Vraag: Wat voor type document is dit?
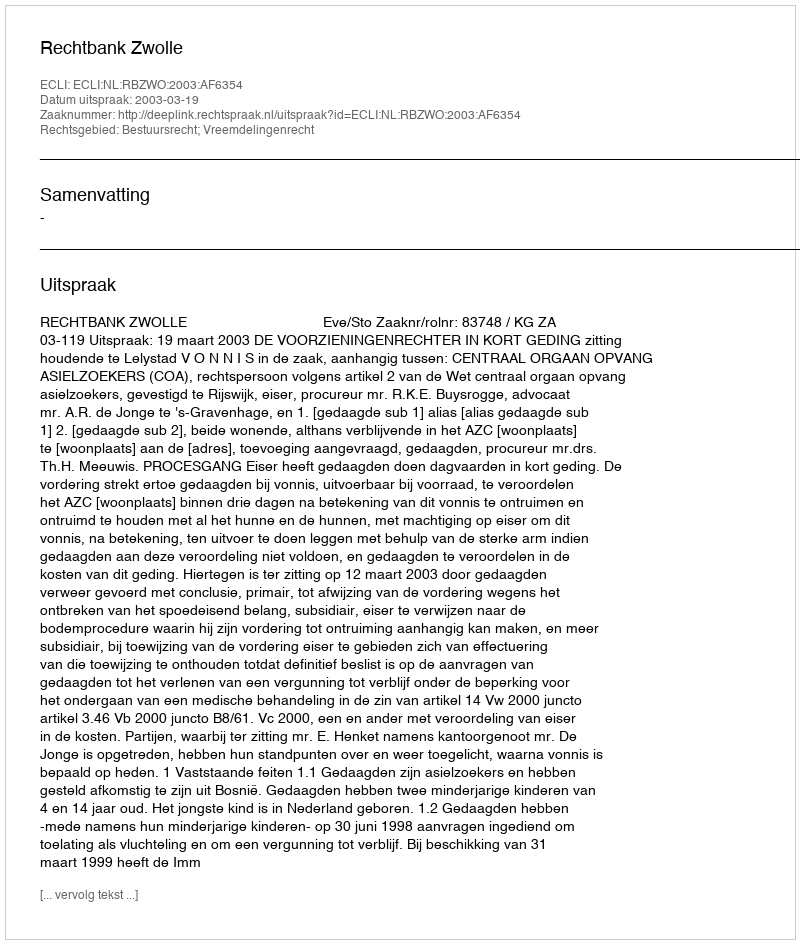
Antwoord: Uitspraak